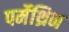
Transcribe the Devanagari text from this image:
पर्मेथ्रिन